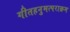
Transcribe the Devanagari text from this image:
गीतहनुमत्पराक्रम